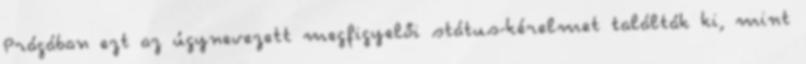
Prágában ezt az úgynevezett megfigyelői státus-kérelmet találták ki, mint